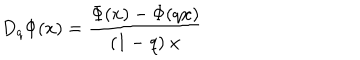
LaTeX: D _ { q } \Phi ( x ) = \frac { \Phi ( x ) - \Phi ( q x ) } { ( 1 - q ) \ x }